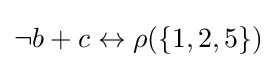
{\textstyle \neg b+c\leftrightarrow \rho (\{1,2,5\})}